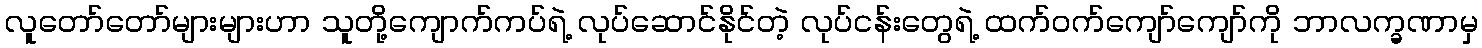
လူတော်တော်များများဟာ သူတို့ကျောက်ကပ်ရဲ့ လုပ်ဆောင်နိုင်တဲ့ လုပ်ငန်းတွေရဲ့ ထက်ဝက်ကျော်ကျော်ကို ဘာလက္ခဏာမှ